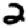
Digit: 2